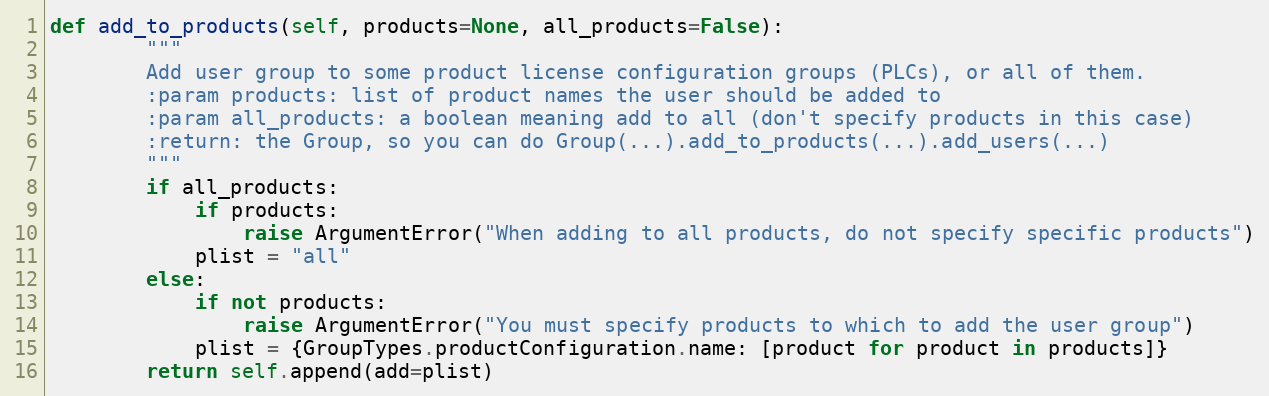
Language: Python
def add_to_products(self, products=None, all_products=False):
        """
        Add user group to some product license configuration groups (PLCs), or all of them.
        :param products: list of product names the user should be added to
        :param all_products: a boolean meaning add to all (don't specify products in this case)
        :return: the Group, so you can do Group(...).add_to_products(...).add_users(...)
        """
        if all_products:
            if products:
                raise ArgumentError("When adding to all products, do not specify specific products")
            plist = "all"
        else:
            if not products:
                raise ArgumentError("You must specify products to which to add the user group")
            plist = {GroupTypes.productConfiguration.name: [product for product in products]}
        return self.append(add=plist)